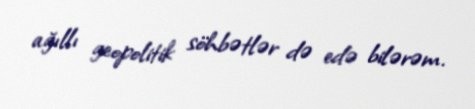
ağıllı geopolitik söhbətlər də edə bilərəm.